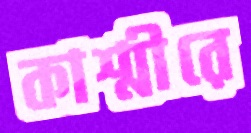
কাশ্মীরে